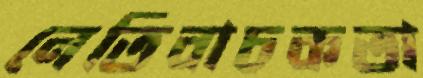
নেতিবাচকতা